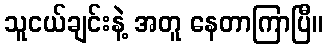
သူငယ်ချင်းနဲ့ အတူ နေတာကြာပြီ။